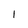
Character: 1